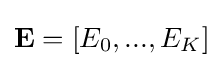
\mathbf {E} =[E_{0},...,E_{K}]